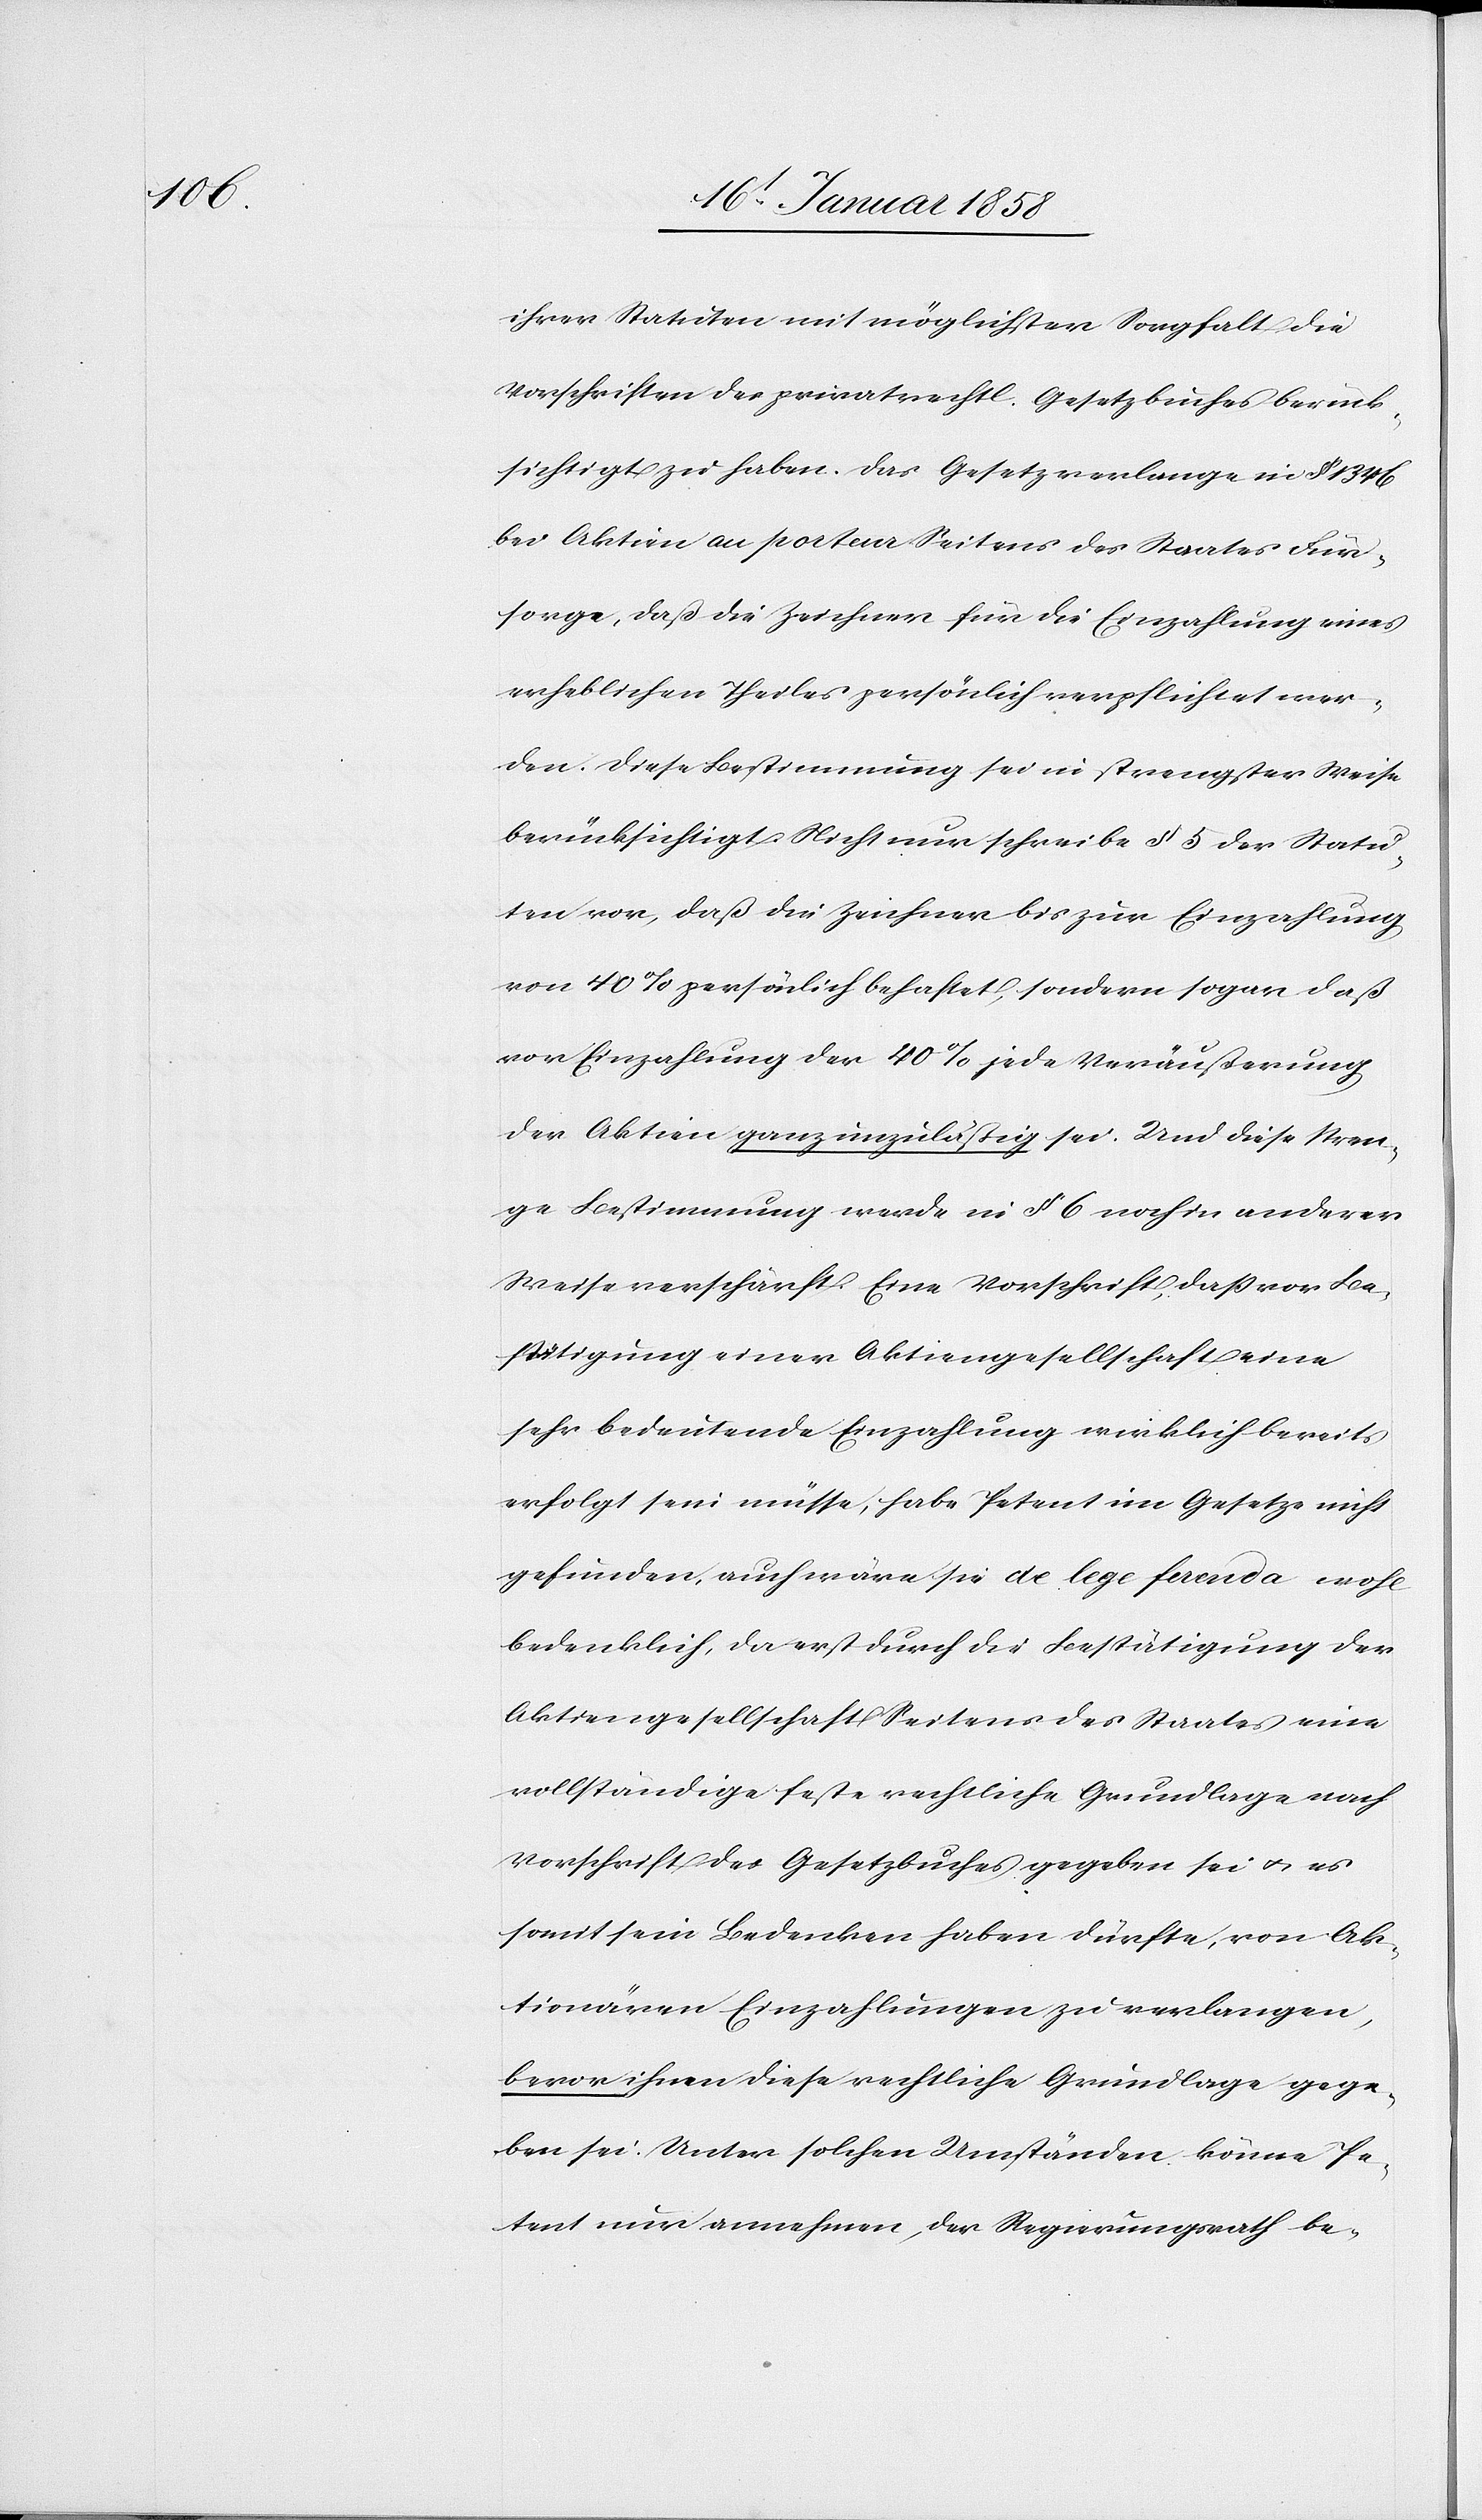
ihrer Statuten mit möglichster Sorgfalt die
Vorschriften der privatrechtl. Gesetzbuches berück¬
sichtigt zu haben. Das Gesetz verlange in § 1346
bei Aktiven au porteur Seitens des Staates Für¬
sorge, daß die Zeichner für die Einzahlung eines
erheblichen Theiles persönlich verpflichtet wer¬
den. Diese Bestimmung sei in strengster Weise
berücksichtigt. Nicht nur schreibe § 5 der Statu¬
ten vor, daß die Zeichner bis zur Einzahlung
von 40% persönlich behaftet, sondern sogar daß
vor Einzahlung der 40% jede Veräußerung
der Aktien ganz unzuläßig sei. Und diese stren¬
ge Bestimmung werde in § 6 noch in anderer
Weise verschärft. Eine Vorschrift, daß vor Be¬
stätigung einer Aktiengesellschaft eine
sehr bedeutende Einzahlung wirklich bereits
erfolgt sein müsse, habe Petent im Gesetze nicht
gefunden, auch wäre sie de lege ferenda wohl
bedenklich, da erst durch die Bestätigung der
Aktiengesellschaft Seitens des Staates eine
vollständige feste rechtliche Grundlage nach
Vorschrift des Gesetzbuches gegeben sei u. es
somit sein Bedenken haben dürfte, von Ak¬
tionären Einzahlungen zu verlangen,
bevor ihnen diese rechtliche Grundlage gege¬
ben sei. Unter solchen Umständen könne Pe¬
tent nur annehmen, der Regierungsrath be-